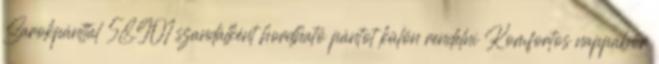
Sarokpánttal 58.901 szandálként hordható pántot külön rendelni Komfortos nappabőr